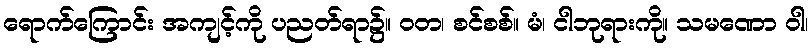
ရောက်ကြောင်း အကျင့်ကို ပညတ်ရာ၌။ ဝတ၊ စင်စစ်။ မံ၊ ငါဘုရားကို။ သမဏော ဝါ၊